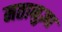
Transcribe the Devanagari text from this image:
मतानुज्ञा